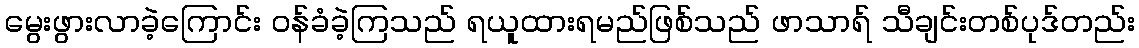
မွေးဖွားလာခဲ့ကြောင်း ဝန်ခံခဲ့ကြသည် ရယူထားရမည်ဖြစ်သည် ဖာသာရ် သီချင်းတစ်ပုဒ်တည်း